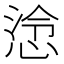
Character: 𢜅